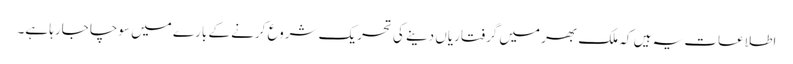
اطلاعات یہ ہیں کہ ملک بھر میں گرفتاریاں دینے کی تحریک شروع کرنے کے بارے میں سوچا جارہا ہے۔